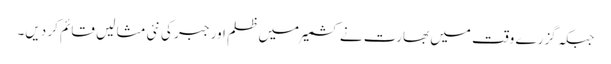
جبکہ گزرے وقت میں بھارت نے کشمیر میں ظلم اور جبر کی نئی مثا لیں قائم کر دیں۔